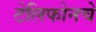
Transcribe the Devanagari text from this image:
टेलिफोनचे